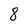
Character: 8